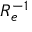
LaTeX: R _ { e } ^ { - 1 }